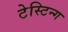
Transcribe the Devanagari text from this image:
टेस्टिन्ग